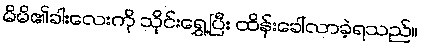
မိမိ၏ခါးလေးကို သိုင်းရွှေ့ပြီး ထိန်းခေါ်လာခဲ့ရသည်။